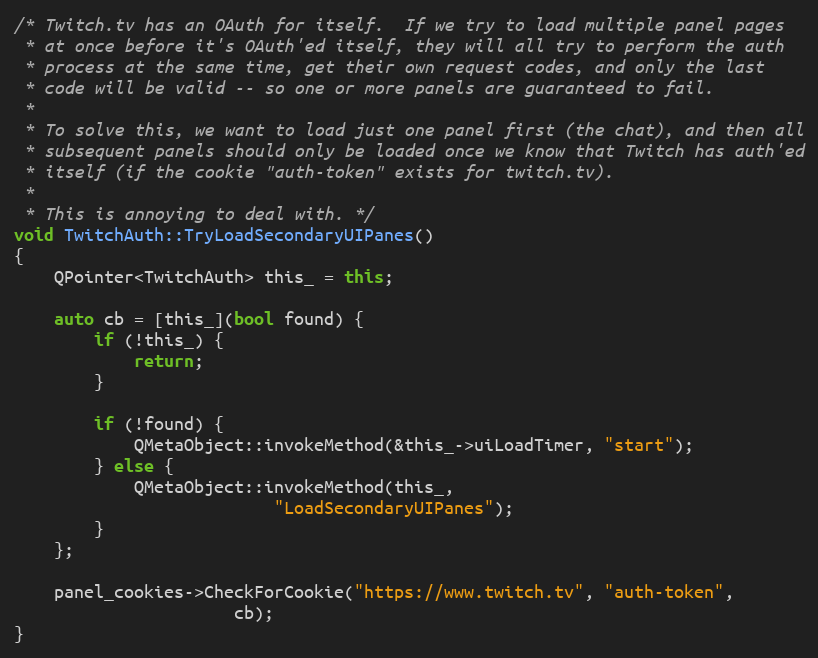
Language: C++
/* Twitch.tv has an OAuth for itself.  If we try to load multiple panel pages
 * at once before it's OAuth'ed itself, they will all try to perform the auth
 * process at the same time, get their own request codes, and only the last
 * code will be valid -- so one or more panels are guaranteed to fail.
 *
 * To solve this, we want to load just one panel first (the chat), and then all
 * subsequent panels should only be loaded once we know that Twitch has auth'ed
 * itself (if the cookie "auth-token" exists for twitch.tv).
 *
 * This is annoying to deal with. */
void TwitchAuth::TryLoadSecondaryUIPanes()
{
	QPointer<TwitchAuth> this_ = this;

	auto cb = [this_](bool found) {
		if (!this_) {
			return;
		}

		if (!found) {
			QMetaObject::invokeMethod(&this_->uiLoadTimer, "start");
		} else {
			QMetaObject::invokeMethod(this_,
						  "LoadSecondaryUIPanes");
		}
	};

	panel_cookies->CheckForCookie("https://www.twitch.tv", "auth-token",
				      cb);
}